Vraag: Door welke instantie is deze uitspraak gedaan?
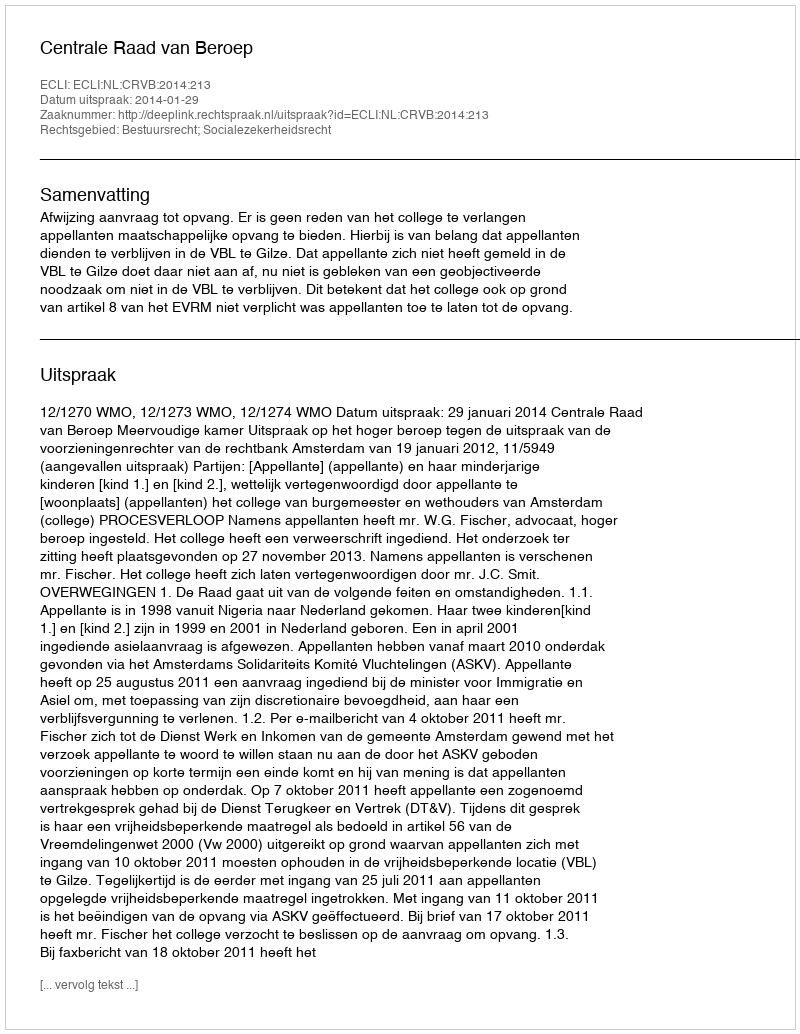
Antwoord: Centrale Raad van Beroep